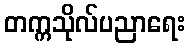
တက္ကသိုလ်ပညာရေး